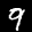
Label: 9